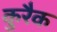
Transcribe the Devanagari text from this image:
कुरैक